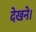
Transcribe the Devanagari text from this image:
देखने।